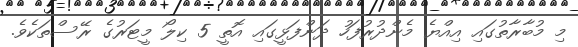
މި މުބާރާތުގަައި އިއްޔެ މެންދުރުފަހު ދަންފަޅީގައި އޮތީ 5 ކިލޯ މީޓަރުގެ ރޭސްތަކެވެ.